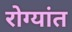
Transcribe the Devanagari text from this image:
रोग्यांत